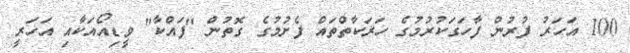
100 އަހަރު ފުރުން ފާހަގަކުރުމުގެ ހަރަކާތްތައް ފެށުމުގެ ގޮތުން "ފައްކާ" ވީޑިއޯއަކާއި އަހަރީ